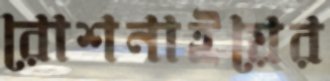
রোশনাইয়ের